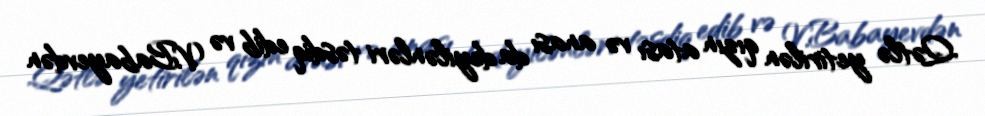
Qətlə yetirilən qızın atası və anası da deyilənləri təsdiq edib və V.Babayevdən